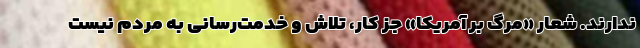
ندارند. شعار «مرگ بر آمریکا» جز کار، تلاش و خدمت‌رسانی به مردم نیست